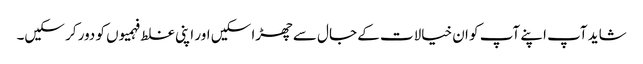
شاید آپ اپنے آپ کو ان خیالات کے جال سے چھڑا سکیں اور اپنی غلط فہمیوں کو دور کر سکیں۔